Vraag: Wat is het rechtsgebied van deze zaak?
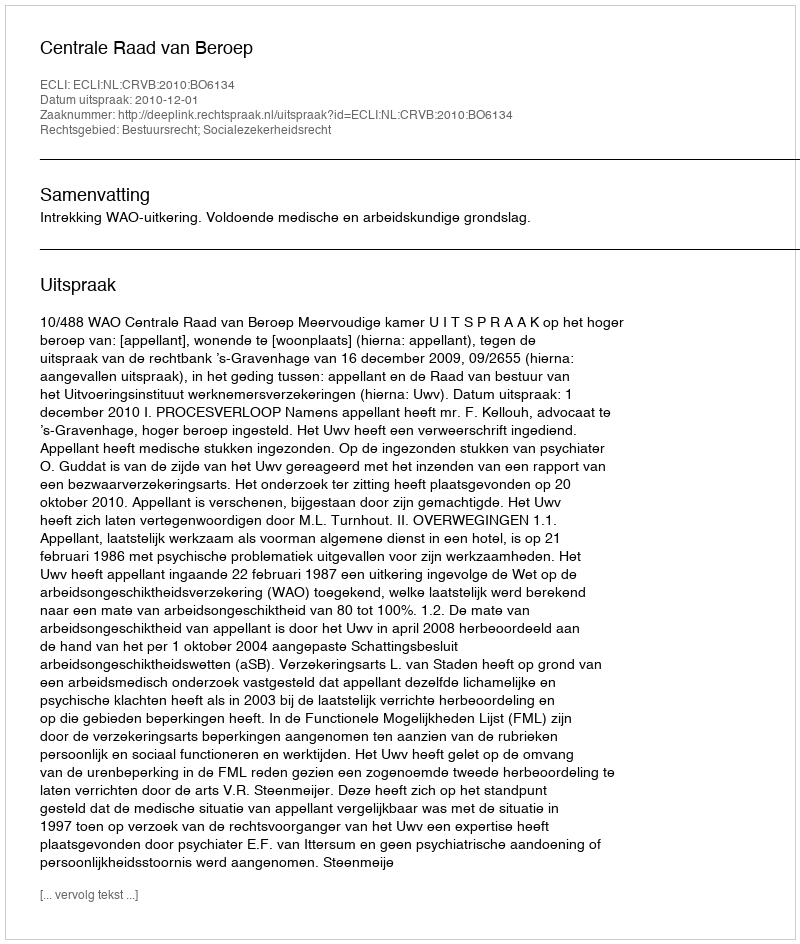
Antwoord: Bestuursrecht; Socialezekerheidsrecht